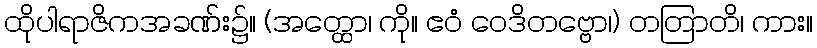
ထိုပါရာဇိကအခဏ်း၌။ (အတ္ထော၊ ကို။ ဧဝံ ဝေဒိတဗ္ဗော၊) တတြာတိ၊ ကား။